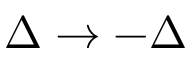
\Delta \to - \Delta